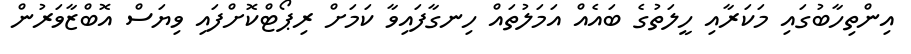
އިންތިހާބުގައި މަކަރާއި ހީލަތުގެ ބައެއް އަމަލުތައް ހިނގާފައިވާ ކަމަށް ރިޕޯޓްކޮށްފައި ވިޔަސް އޮބްޒާވަރުން